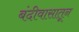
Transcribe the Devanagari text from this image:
बंदीवासातून